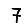
Digit: 7